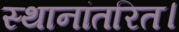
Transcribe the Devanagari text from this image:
स्थानांतरित।